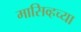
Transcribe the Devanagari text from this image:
मासिव्हच्या